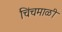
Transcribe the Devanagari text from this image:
चिंचमाळी